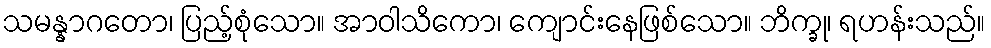
သမန္နာဂတော၊ ပြည့်စုံသော။ အာဝါသိကော၊ ကျောင်းနေဖြစ်သော။ ဘိက္ခု၊ ရဟန်းသည်။